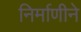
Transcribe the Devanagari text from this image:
निर्माणीने